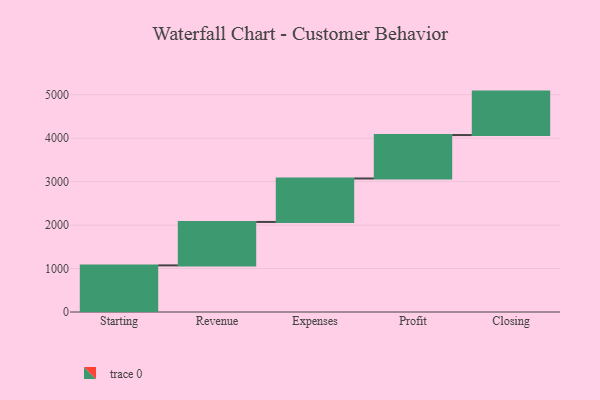
{"axis": {"x": "Step", "y": "Value"}, "legend": [""], "data": [{"x": "Starting", "y": 1073.0, "type": ""}, {"x": "Revenue", "y": 1000, "type": ""}, {"x": "Expenses", "y": 1000, "type": ""}, {"x": "Profit", "y": 1000, "type": ""}, {"x": "Closing", "y": 1000, "type": ""}]}